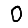
Digit: 0